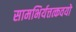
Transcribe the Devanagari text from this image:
सामभिर्यत्तत्कवयो